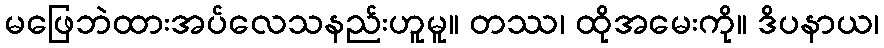
မဖြေဘဲထားအပ်လေသနည်းဟူမူ။ တဿ၊ ထိုအမေးကို။ ဒိပနာယ၊